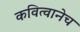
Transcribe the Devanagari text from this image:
कवित्वानेच